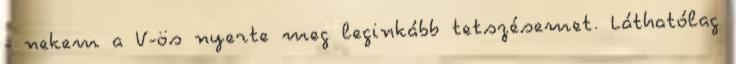
- nekem a V-ös nyerte meg leginkább tetszésemet. Láthatólag